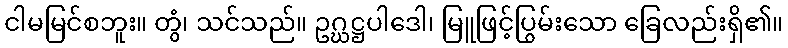
ငါမမြင်စဘူး။ တွံ၊ သင်သည်။ ဥဂ္ဃဋ္ဌပါဒေါ၊ မြူဖြင့်ပြွမ်းသော ခြေလည်းရှိ၏။